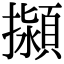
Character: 㩩